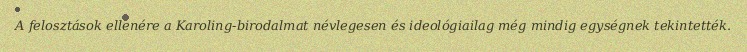
A felosztások ellenére a Karoling-birodalmat névlegesen és ideológiailag még mindig egységnek tekintették.